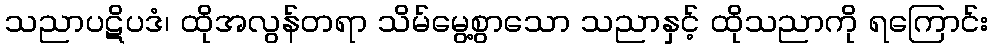
သညာပဋိပဒံ၊ ထိုအလွန်တရာ သိမ်မွေ့စွာသော သညာနှင့် ထိုသညာကို ရကြောင်း